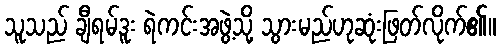
သူသည် ချီရမ်ဒူး ရဲကင်းအဖွဲ့သို့ သွားမည်ဟုဆုံးဖြတ်လိုက်၏။